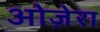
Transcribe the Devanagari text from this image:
ओज़ेरा